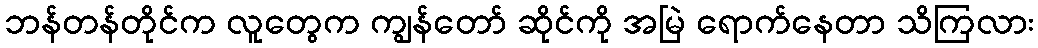
ဘန်တန်တိုင်က လူတွေက ကျွန်တော် ဆိုင်ကို အမြဲ ရောက်နေတာ သိကြလား